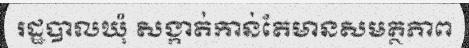
រដ្ឋបាលឃុំ សង្កាត់កាន់តែមានសមត្ថភាព